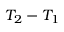
T _ { 2 } - T _ { 1 }